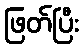
ဖြတ်ပြီး